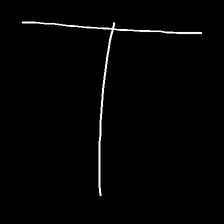
Glyph: column